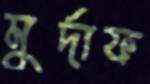
মুর্দাফ